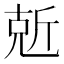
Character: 𠒙